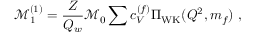
\mathcal { M } _ { 1 } ^ { ( 1 ) } = \frac { Z } { Q _ { w } } \mathcal { M } _ { 0 } \sum c _ { V } ^ { ( f ) } \Pi _ { \mathrm { W K } } ( Q ^ { 2 } , m _ { f } ) ~ ,